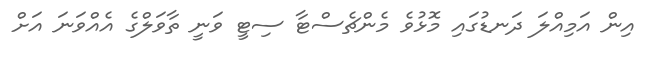
އިން އަމިއްލަ ދަނޑުގައި މޮޅުވެ މެންޗެސްޓާ ސިޓީ ވަނީ ތާވަލްގެ އެއްވަނަ އަށް